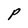
Character: P